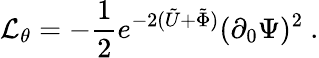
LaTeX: {\cal{L}}_{\theta}=-{\frac{1}{2}}e^{-2(\tilde{U}+\tilde{\Phi})}(\partial_{0}\Psi)^{2}\ .